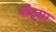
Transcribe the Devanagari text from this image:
नीट्सा